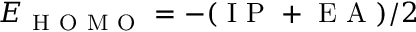
E _ { \mathrm { ~ H ~ O ~ M ~ O ~ } } = - ( \mathrm { ~ I ~ P ~ } + \mathrm { ~ E ~ A ~ } ) / 2